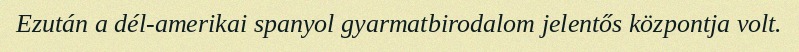
Ezután a dél-amerikai spanyol gyarmatbirodalom jelentős központja volt.